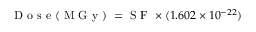
\mathrm { ~ D ~ o ~ s ~ e ~ ( ~ M ~ G ~ y ~ ) ~ } = \mathrm { ~ S ~ F ~ } \times ( 1 . 6 0 2 \times 1 0 ^ { - 2 2 } )